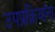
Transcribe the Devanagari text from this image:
उपप्रक्रियांना